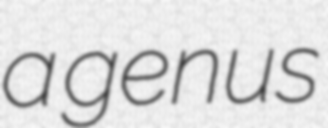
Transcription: a genus